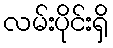
လမ်းပိုင်းရှိ